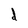
Character: d